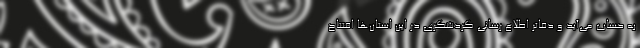
به حساب می‌آید و دفاتر اطلاع رسانی گردشگری در این استان‌ها افتتاح